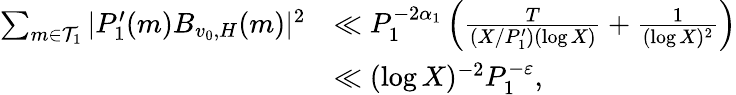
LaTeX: \begin{array}{rl}{\sum_{m\in\mathcal{T}_{1}}|P_{1}^{\prime}(m)B_{v_{0},H}(m)|^{2}}&{\ll P_{1}^{-2\alpha_{1}}\left(\frac{T}{(X/P_{1}^{\prime})(\log X)}+\frac{1}{(\log X)^{2}}\right)}\\ &{\ll(\log X)^{-2}P_{1}^{-\varepsilon},}\end{array}